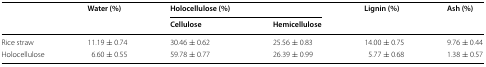
<table><thead><tr><td rowspan="2"></td><td rowspan="2"><b>Water (%)</b></td><td colspan="2"><b>Holocellulose (%)</b></td><td rowspan="2"><b>Lignin (%)</b></td><td rowspan="2"><b>Ash (%)</b></td></tr><tr><td><b>Cellulose</b></td><td><b>Hemicellulose</b></td></tr></thead><tbody><tr><td>Rice straw</td><td>11.19 ± 0.74</td><td>30.46 ± 0.62</td><td>25.56 ± 0.83</td><td>14.00 ± 0.75</td><td>9.76 ± 0.44</td></tr><tr><td>Holocellulose</td><td>6.60 ± 0.55</td><td>59.78 ± 0.77</td><td>26.39 ± 0.99</td><td>5.77 ± 0.68</td><td>1.38 ± 0.57</td></tr></tbody></table>